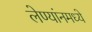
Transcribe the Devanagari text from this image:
लेण्यांनमध्ये